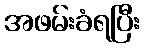
အဖမ်းခံရပြီး